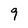
Character: 9